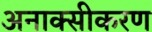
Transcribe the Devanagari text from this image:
अनाक्सीकरण